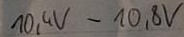
Text: 10,4V-10,8V